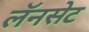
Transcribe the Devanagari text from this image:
लॅनसेट